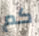
كم